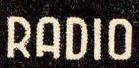
RADIO